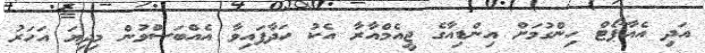
އަދި އެއާޕޯޓް ހިންގުމަށް އިންޑިއާގެ ޖީއެމްއާރާ އެކު ހަދާފައިވާ އެއްބަސްވުން މިދިޔަ އަހަރު